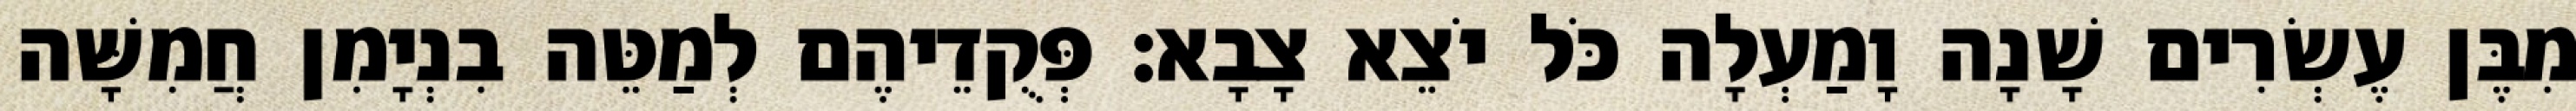
מִבֶּן עֶשְׂרִים שָׁנָה וָמַעְלָה כֹּל יֹצֵא צָבָא׃ פְּקֻדֵיהֶם לְמַטֵּה בִנְיָמִן חֲמִשָּׁה